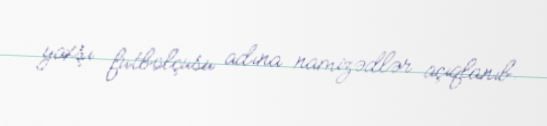
yaxşı futbolçusu adına namizədlər açıqlanıb.